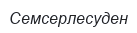
Семсерлесуден